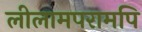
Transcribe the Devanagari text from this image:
लीलामपरामपि